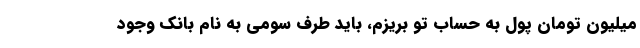
میلیون تومان پول به حساب تو بریزم، باید طرف سومی به نام بانک وجود